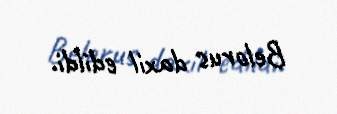
Belorus daxil edildi.